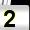
Digit: 2